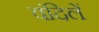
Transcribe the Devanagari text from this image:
वंदिलें